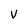
Character: V